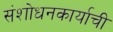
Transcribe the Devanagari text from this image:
संशोधनकार्याची